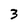
Character: 3